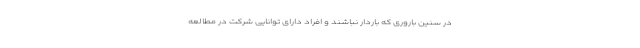
در سنین باروری که باردار نباشند و افراد دارای توانایی شرکت در مطالعه